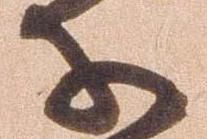
子